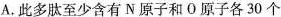
A.此多肽至少含有N原子和О原子各30个